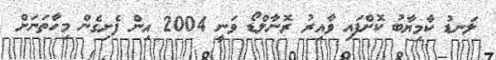
ލަނޑު ކާމިޔާބު ކޮށްފައި ވާއިރު ރޮނާލްޑޯ ވަނީ 2004 އިން ފެށިގެން މިހާތަނަށް